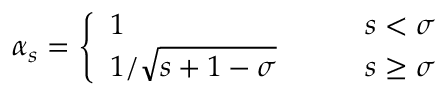
\alpha _ { s } = \left\{ \begin{array} { l l } { 1 \qquad } & { s < \sigma } \\ { 1 / \sqrt { s + 1 - \sigma } \qquad } & { s \geq \sigma } \end{array} \right.